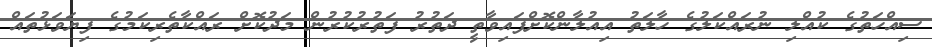
ސިއްހަތުގެ ކުއްލި ނުރައްކަލުގެ ހާލަތު އިއުލާންކޮށްފައިވާތީ ދަތުރު ފަތުރުކުރުން މަދުކޮށް ރައްކާތެރިކަމުގެ ފިޔަވަޅުތައް